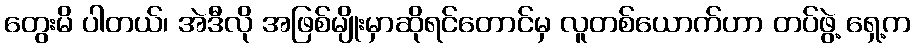
တွေးမိ ပါတယ်၊ အဲဒီလို အဖြစ်မျိုးမှာဆိုရင်တောင်မှ လူတစ်ယောက်ဟာ တပ်ဖွဲ့ ရှေ့က